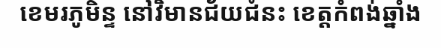
ខេមរភូមិន្ទ នៅវិមានជ័យជំនះ ខេត្តកំពង់ឆ្នាំង